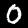
Digit: 0